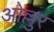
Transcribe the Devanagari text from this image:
ओल्लुर